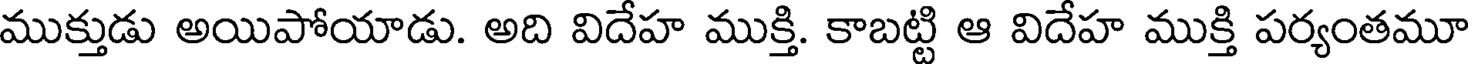
ముక్తుడు అయిపోయాడు. అది విదేహ ముక్తి. కాబట్టి ఆ విదేహ ముక్తి పర్యంతమూ